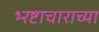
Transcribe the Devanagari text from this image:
भ्‍रष्टाचाराच्या